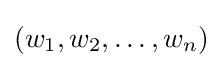
\left(w_{1},w_{2},\dots ,w_{n}\right)